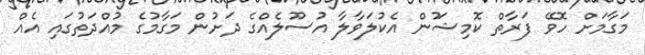
މަގާމަށް ހޮވޭ ފަރާތް ކޮމިޝަުން އެކުލަވާލާ އުސޫލެއްގެ ދަށުން މަގާމުގެ މުއްދަތުގައި އެއް